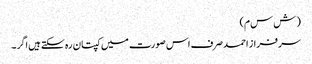
( ش س م)
سرفراز احمد صرف اس صورت میں کپتان رہ سکتے ہیں اگر ۔